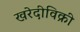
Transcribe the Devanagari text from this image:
खरेदीविक्री